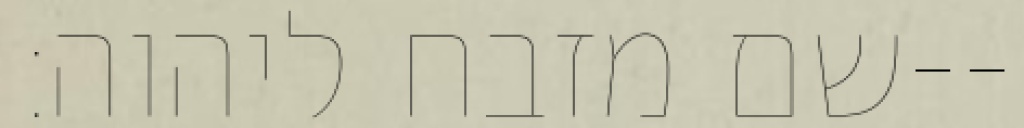
שם מזבח ליהוה׃--